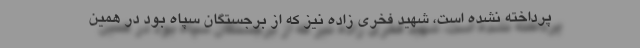
پرداخته نشده است، شهید فخری زاده نیز که از برجستگان سپاه بود در همین